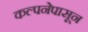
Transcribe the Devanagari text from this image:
कल्पनेपासून